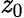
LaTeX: \mathit{z}_{0}